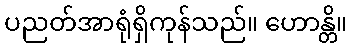
ပညတ်အာရုံရှိကုန်သည်။ ဟောန္တိ။